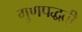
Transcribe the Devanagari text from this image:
गुणपद्धती